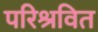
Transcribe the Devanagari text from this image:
परिश्रवित